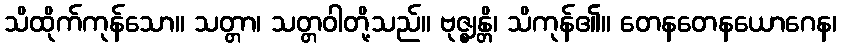
သိထိုက်ကုန်သော။ သတ္တာ၊ သတ္တဝါတို့သည်။ ဗုဇ္ဈန္တိ၊ သိကုန်၏။ တေနတေနယောဂေန၊